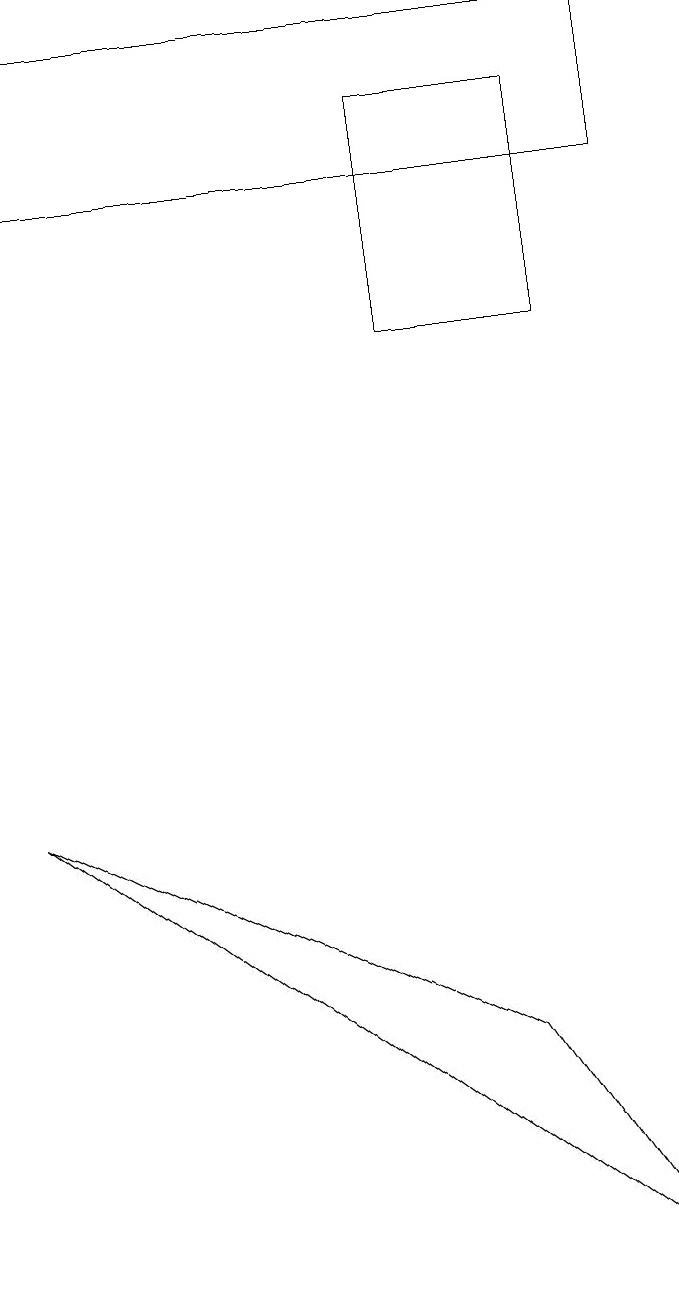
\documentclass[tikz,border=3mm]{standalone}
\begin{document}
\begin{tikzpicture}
\draw (5,17) rectangle (7,14);
\draw (8,18) rectangle (0,16);
\draw (8,2) -- (6,5) -- (0,8) -- cycle;
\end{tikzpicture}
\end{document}